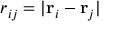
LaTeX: r _ { i j } = | \mathbf { r } _ { i } - \mathbf { r } _ { j } |